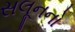
સલૂનનો